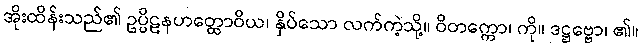
အိုးထိန်းသည်၏ ဥပ္ပိဠနဟတ္ထောဝိယ၊ နှိပ်သော လက်ကဲ့သို့။ ဝိတက္ကော၊ ကို။ ဒဋ္ဌဗ္ဗော၊ ၏။